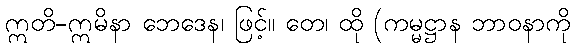
ဣတိ-ဣမိနာ ဘေဒေန၊ ဖြင့်။ တေ၊ ထို (ကမ္မဋ္ဌာန ဘာဝနာကို